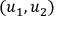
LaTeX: ( u _ { 1 } , u _ { 2 } )